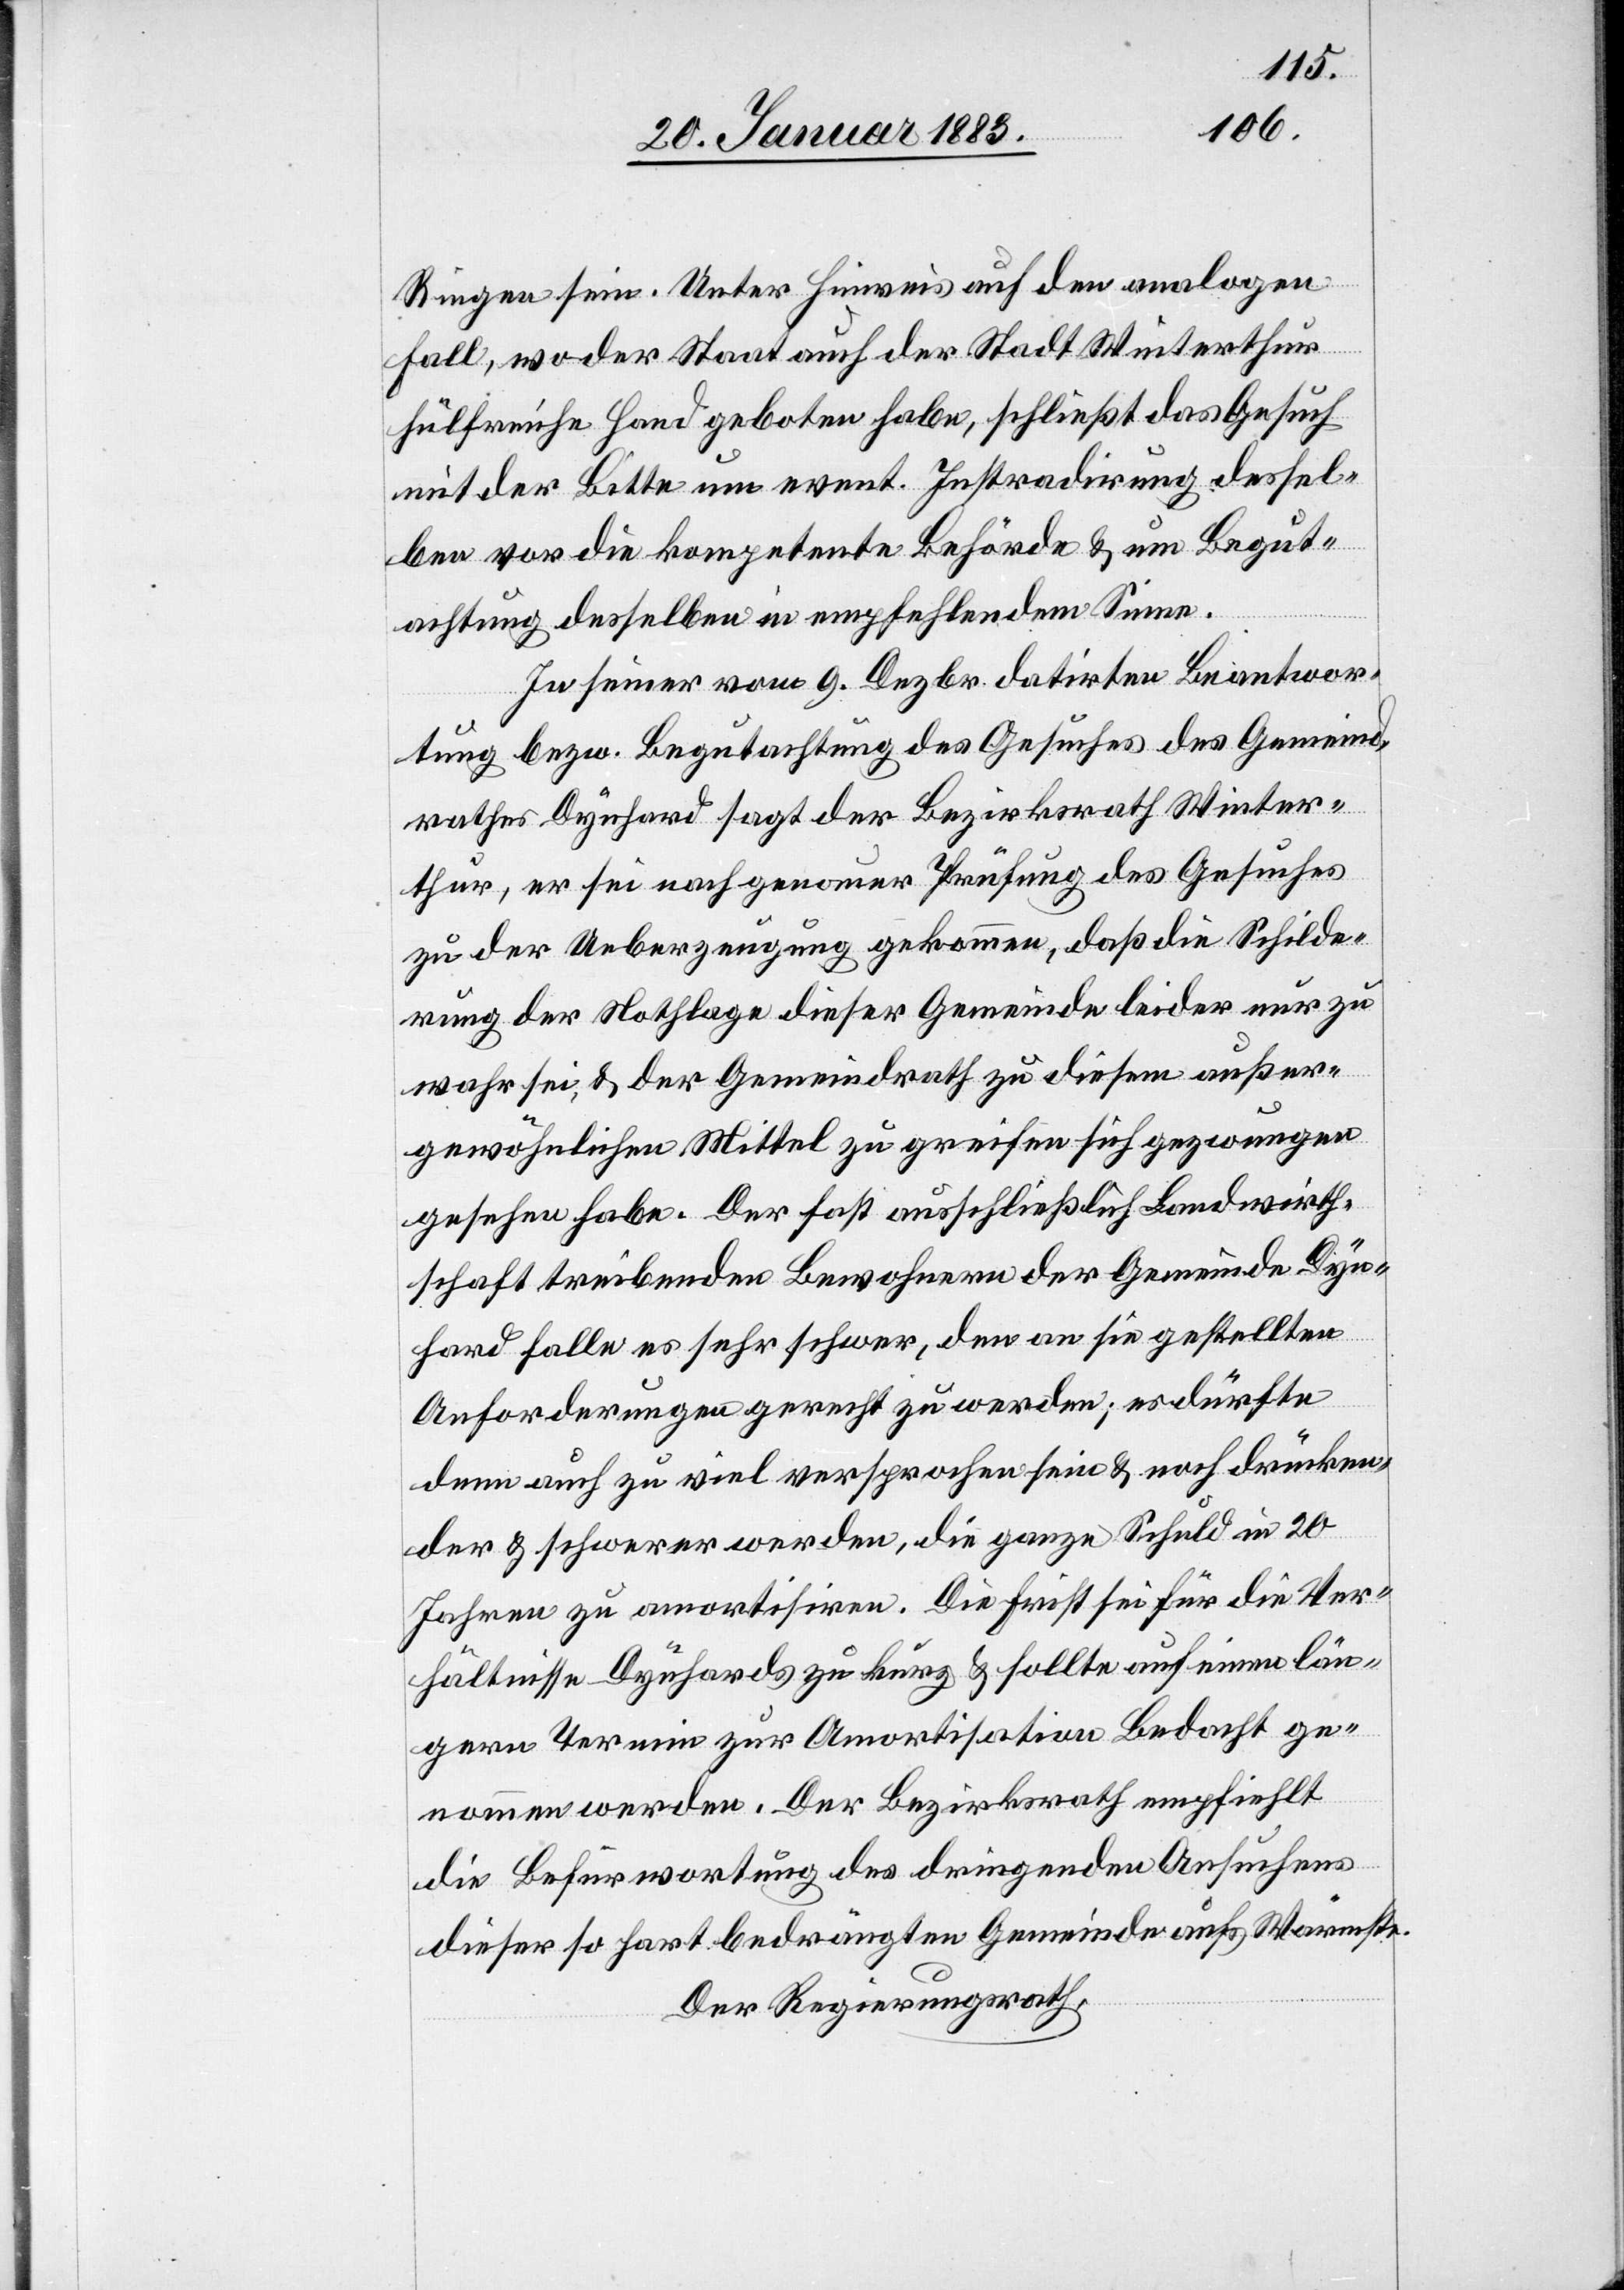
Ringen sein. Unter Hinweis auf den analogen
Fall, wo der Staat auch der Stadt Winterthur
hülfreiche Hand geboten habe, schließt das Gesuch
mit der Bitte um event. Instradirung dessel¬
ben vor die kompetente Behörde & um Begut¬
achtung desselben in empfehlendem Sinne.
In seiner vom 9. Dezbr. datirten Beantwor¬
tung bezw. Begutachtung des Gesuches des Gemeind¬
rathes Dynhard sagt der Bezirksrath Winter¬
thur, er sei nach genauer Prüfung des Gesuches
zu der Ueberzeugung gekommen, daß die Schilde¬
rung der Nothlage dieser Gemeinde leider nur zu
wahr sei, & der Gemeindrath zu diesem außer¬
gewöhnlichen Mittel zu greifen sich gezwungen
gesehen habe. Der [sic!] fast ausschließlich Landwirth¬
schaft treibenden Bewohnern der Gemeinde Dyn¬
hard falle es sehr schwer, den an sie gestellten
Anforderungen gerecht zu werden; es dürfte
denn auch zu viel versprochen sein & noch drücken¬
der & schwerer werden, die ganze Schuld in 20
Jahren zu amortisiren. Die Frist sei für die Ver¬
hältnisse Dynhards zu kurz & sollte auf einen län¬
geren Termin zur Amortisation Bedacht ge¬
nommen werden. Der Bezirksrath empfiehlt
die Befürwortung des dringenden Ansuchens
dieser so hart bedrängten Gemeinde aufs Wärmste.
Der Regierungsrath,